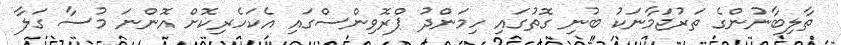
ތާލިބާނުންގެ ތަރުޖަމާނަކު ބުނި ގޮތުގައި ހިމަންދު ޕްރޮވިންސްގައި އެކަހެރިކޮށް އޮންނަ މުސާ ގަލާ